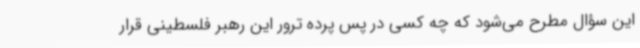
این سؤال مطرح می‌شود که چه کسی در پس پرده ترور این رهبر فلسطینی قرار